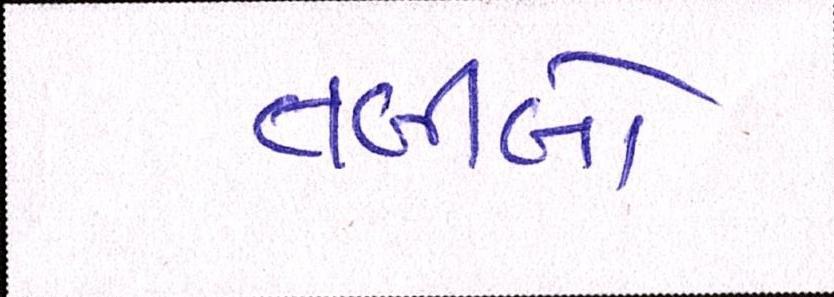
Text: તબીબો